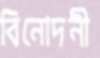
বিনোদনী